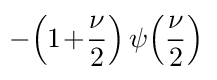
\!-\!\left(1\!+\!{\frac {\nu }{2}}\right)\psi \!\left({\frac {\nu }{2}}\right)